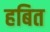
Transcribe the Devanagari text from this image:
हबित